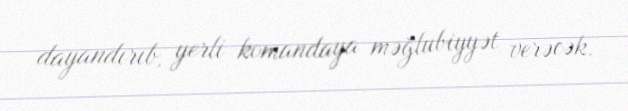
dayandırıb, yerli komandaya məğlubiyyət verəcək.